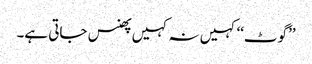
’’گوٹ‘‘ کہیں نہ کہیں پھنس جاتی ہے۔